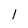
Character: l